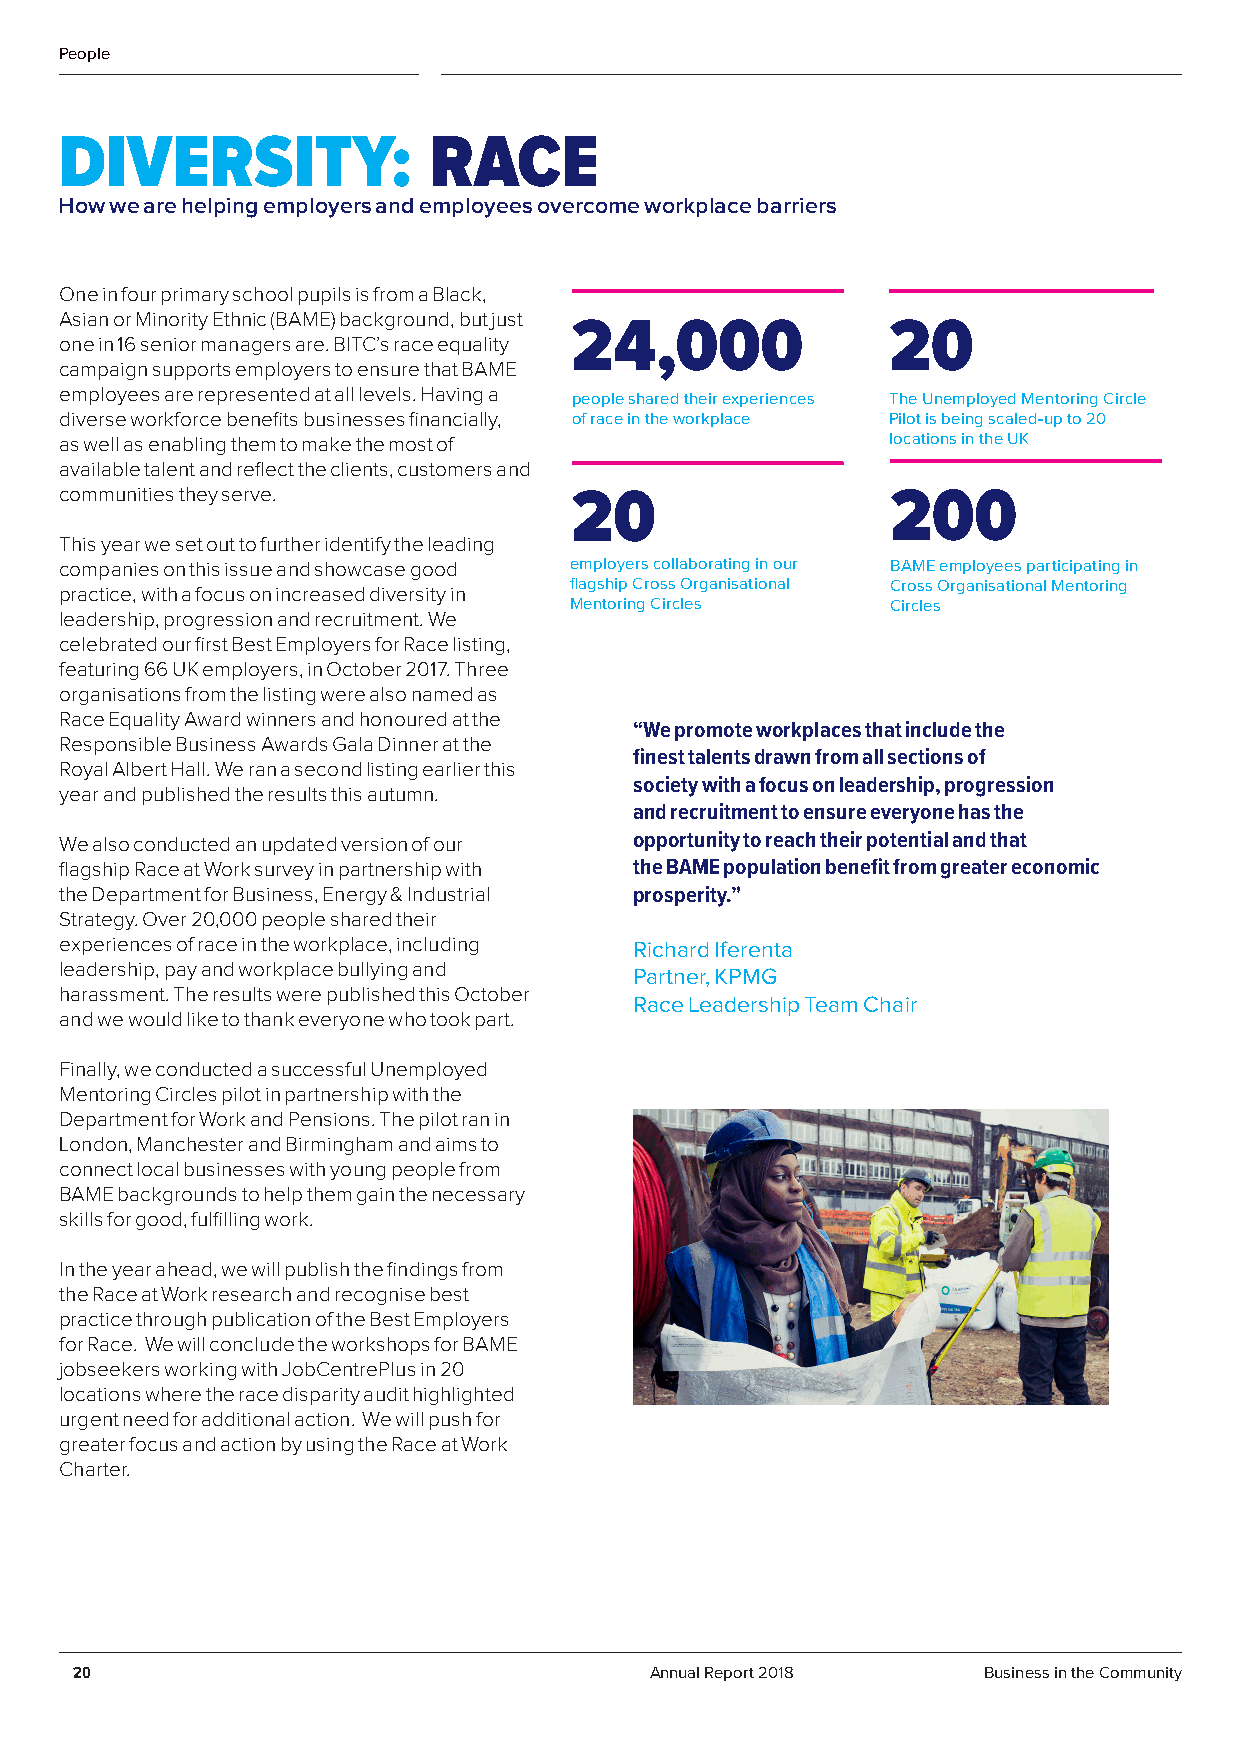
People
 DIVERSITY:              RACE
 How we are helping employers and employees overcome workplace barriers
 One in four primary school pupils is from a Black,
 Asian or Minority Ethnic (BAME) background, but just
 24,000               20
 one in 16 senior managers are. BITC’s race equality
 campaign supports employers to ensure that BAME
 employees are represented at all levels. Having a people shared their experiences The Unemployed Mentoring Circle
 diverse workforce benefits businesses financially, of race in the workplace Pilot is being scaled-up to 20
 as well as enabling them to make the most of           locations in the UK
 available talent and reflect the clients, customers and
 communities they serve.           20                   200
 This year we set out to further identify the leading
 companies on this issue and showcase good employers collaborating in our BAME employees participating in
 flagship Cross Organisational Cross Organisational Mentoring
 practice, with a focus on increased diversity in
 Mentoring Circles    Circles
 leadership, progression and recruitment. We
 celebrated our first Best Employers for Race listing,
 featuring 66 UK employers, in October 2017. Three
 organisations from the listing were also named as
 Race Equality Award winners and honoured at the
 “We promote workplaces that include the
 Responsible Business Awards Gala Dinner at the
 finest talents drawn from all sections of
 Royal Albert Hall. We ran a second listing earlier this
 society with a focus on leadership, progression
 year and published the results this autumn.
 and recruitment to ensure everyone has the
 We also conducted an updated version of our opportunity to reach their potential and that
 flagship Race at Work survey in partnership with the BAME population benefit from greater economic
 the Department for Business, Energy & Industrial prosperity.”
 Strategy. Over 20,000 people shared their
 experiences of race in the workplace, including Richard Iferenta
 leadership, pay and workplace bullying and Partner, KPMG
 harassment. The results were published this October
 Race Leadership Team Chair
 and we would like to thank everyone who took part.
 Finally, we conducted a successful Unemployed
 Mentoring Circles pilot in partnership with the
 Department for Work and Pensions. The pilot ran in
 London, Manchester and Birmingham and aims to
 connect local businesses with young people from
 BAME backgrounds to help them gain the necessary
 skills for good, fulfilling work.
 In the year ahead, we will publish the findings from
 the Race at Work research and recognise best
 practice through publication of the Best Employers
 for Race. We will conclude the workshops for BAME
 jobseekers working with JobCentrePlus in 20
 locations where the race disparity audit highlighted
 urgent need for additional action. We will push for
 greater focus and action by using the Race at Work
 Charter.
 20                                    Annual Report 2018    Business in the Community